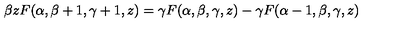
\beta z F ( \alpha , \beta + 1 , \gamma + 1 , z ) = \gamma F ( \alpha , \beta , \gamma , z ) - \gamma F ( \alpha - 1 , \beta , \gamma , z )